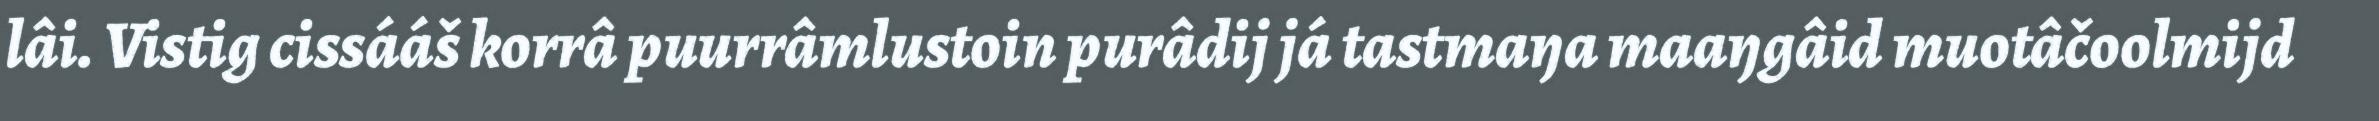
lâi. Vistig cissááš korrâ puurrâmlustoin purâdij já tastmaŋa maaŋgâid muotâčoolmijd